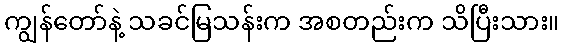
ကျွန်တော်နဲ့ သခင်မြသန်းက အစတည်းက သိပြီးသား။